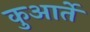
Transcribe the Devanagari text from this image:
कुआर्ते